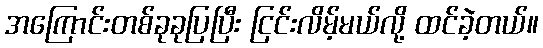
အကြောင်းတစ်ခုခုပြပြီး ငြင်းလိမ့်မယ်လို့ ထင်ခဲ့တယ်။